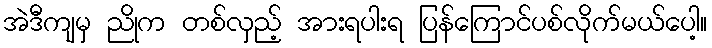
အဲဒီကျမှ ညိုက တစ်လှည့် အားရပါးရ ပြန်ကြောင်ပစ်လိုက်မယ်ပေါ့။